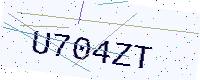
Text: U704ZT